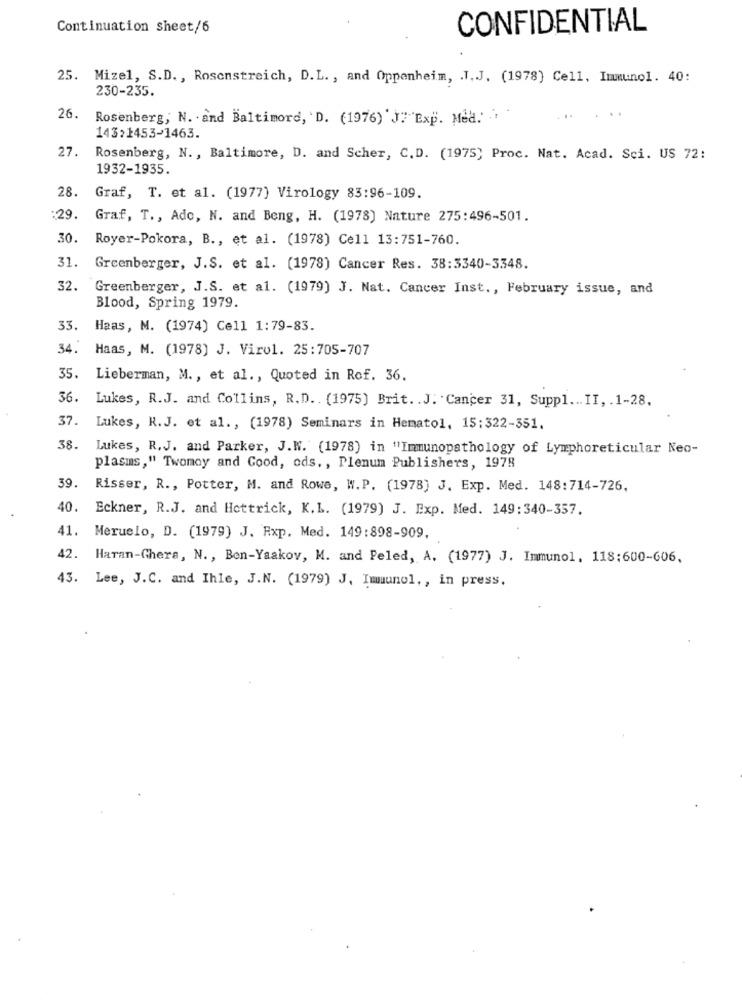
Continuation sheet/6
CONFIDENTIAL
25. Mizel, S.D ., Rosenstreich, D.L ., and Oppenheim, . J.J. (1978) Cell. Immunol. 40:
230-235.
26.
Rosenberg, N. and Baltimord, D. (1976) J?"Exp. Mea. ..
....
143>1453-1463.
27.
Rosenberg, N ., Baltimore, D. and Scher, C. D. (1975; Proc. Nat. Acad. Sci. US 72:
1932-1935.
28.
Graf, T. et al. (1977) Virology 83:96-109.
:29.
Graf, T ., Ado, N. and Beng, H. (1978) Nature 275:496-501.
30.
Royer-Pokora, B ., et al. (1978) Cell 13:751-760.
31.
Greenberger, J.S. et al. (1978) Cancer Res. 38:3340-3348.
32.
Greenberger, J.S. et al. (1979) J. Nat. Cancer Inst ., February issue, and
Blood, Spring 1979.
33.
Haas, M. (1974) Cell 1:79-83.
34.
Haas, M. (1978) J. Virol. 25:705-707
35.
Lieberman, M ., et al ., Quoted in Rof. 36.
36.
Lukes, R.J. and Collins, R.D .. (1975] Brit. . J. Cancer 31, Suppl ... II, . 1-28.
37.
Lukes, R.J. et al ., (1978) Seminars in Hematol, 15:322-351.
38.
Lukes, R.J. and Parker, J.W. (1978) in "Immunopathology of Lymphoreticular Neo-
plasms," Twomoy and Good, ods. , Plenum Publishers, 1978
39.
Risser, R ., Potter, M. and Rowe, W. P. (1978) J. Exp. Med. 148:714-726.
40.
Eckner, R.J. and Hottrick, K.L. (1979) J. Exp. Med. 149:340-357.
41.
Meruelo, D. (1979) J. Rxp. Med. 149:898-909.
42.
Haran-Ghers, N ., Ben-Yaakov, M. and Peled, A. (1977) J. Immunol, 118:600-606,
43. Lee, J.C. and Ihle, J.N. (1979) J. Immunol ,, in press.